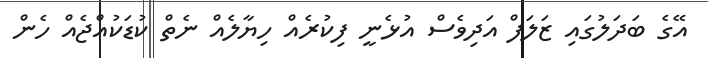
އޭގެ ބަދަލުގައި ޒަލަފް އަދިވެސް އުޅެނީ ފިކުރެއް ހިޔާލެއް ނެތް ކުޑަކުއްޖެއް ހެން